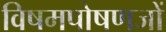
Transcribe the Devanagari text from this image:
विषमपोषणजों